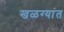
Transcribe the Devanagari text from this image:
खळग्यांत